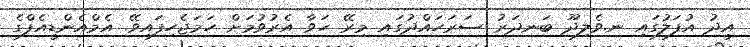
އީދު އުފަލުގައި ނ.ވެލިދޫ ބަނދަރު ސަރަހައްދުގައި މިރޭ ހަވާ އެރުވުމަށް ހަމަޖެހިފައިވޭ. އެމްއެންޑީއެފްގެ